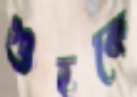
গুহকে